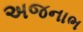
અજનાભ